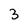
Character: 3